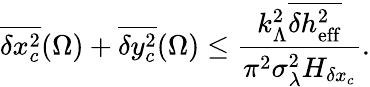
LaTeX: \overline{{\delta x_{c}^{2}}}(\Omega)+\overline{{\delta y_{c}^{2}}}(\Omega)\leq\frac{k_{\Lambda}^{2}\overline{{\delta h_{\mathrm{eff}}^{2}}}}{\pi^{2}\sigma_{\lambda}^{2}H_{\delta x_{c}}}.